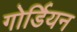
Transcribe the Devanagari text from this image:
गोर्डियन